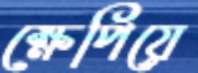
ক্ষেপিয়ে